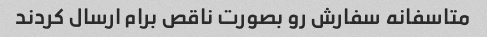
متاسفانه سفارش رو بصورت ناقص برام ارسال کردند